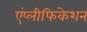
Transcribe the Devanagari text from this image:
एंप्लीफिकेशन